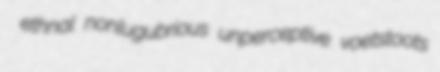
ethnal nonlugubrious unperceptive voetstoots